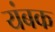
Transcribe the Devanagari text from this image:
यंबक